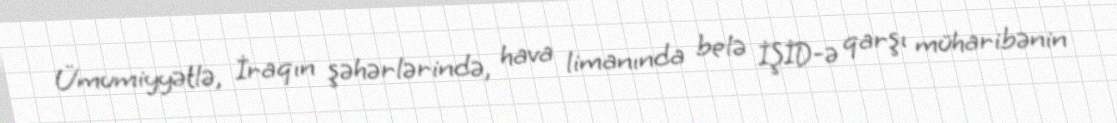
Ümumiyyətlə, İraqın şəhərlərində, hava limanında belə İŞİD-ə qarşı müharibənin